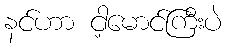
နင်ဟာ ငါ့မောင်ကြီးပဲ